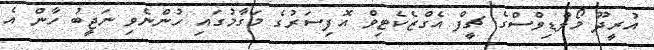
އުރީދޫ މޯލްޑިވްސްގެ ޗީފް އެގްޒެކެޓިވް އޮފިސަރުގެ މަގާމުގައި ހުންނެވި ނަޖީބު ހާން އެ